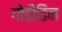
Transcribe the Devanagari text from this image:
गोडौडिन